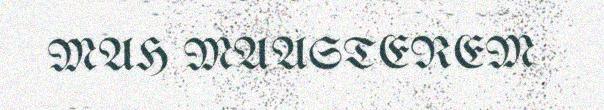
MAH MAASTEREM